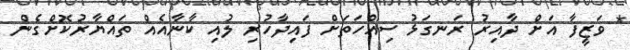
* ވަޒީފާ އަށް ދާއިރު ރަނގަޅު ސިއްހަތަަށް ފައިދާހުރި ލުއި ކާނާއެއް ތައްޔާރުކޮށްގެން